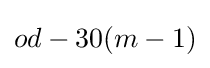
od-30(m-1)